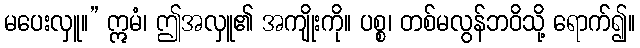
မပေးလှူ။” ဣမံ၊ ဤအလှူ၏ အကျိုးကို။ ပစ္စ၊ တစ်မလွန်ဘဝိသို့ ရောက်၍။